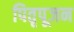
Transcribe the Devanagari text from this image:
पितृपूजन